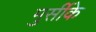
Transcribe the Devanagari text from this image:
मुर्सीके